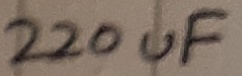
Text: 220uF